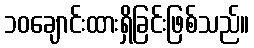
၁၀ချောင်းထားရှိခြင်းဖြစ်သည်။